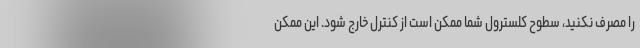
را مصرف نکنید، سطوح کلسترول شما ممکن است از کنترل خارج شود. این ممکن